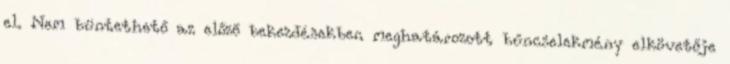
el. Nem büntethető az előző bekezdésekben meghatározott bűncselekmény elkövetője